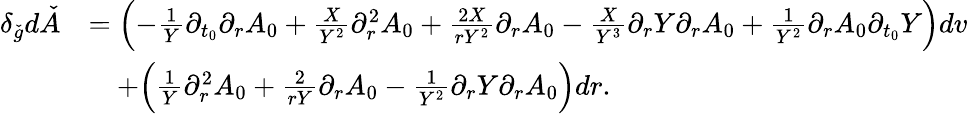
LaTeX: \begin{array}{rl}{\delta_{\check{g}}d\check{A}}&{=\Bigl(-\frac{1}{Y}\partial_{t_{0}}\partial_{r}A_{0}+\frac{X}{Y^{2}}\partial_{r}^{2}A_{0}+\frac{2X}{rY^{2}}\partial_{r}A_{0}-\frac{X}{Y^{3}}\partial_{r}Y\partial_{r}A_{0}+\frac{1}{Y^{2}}\partial_{r}A_{0}\partial_{t_{0}}Y\Bigr)dv}\\ &{\quad+\Bigl(\frac{1}{Y}\partial_{r}^{2}A_{0}+\frac{2}{rY}\partial_{r}A_{0}-\frac{1}{Y^{2}}\partial_{r}Y\partial_{r}A_{0}\Bigr)dr.}\end{array}